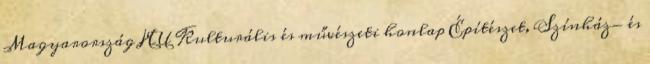
Magyarország HU Kulturális és művészeti honlap Építészet, Színház- és